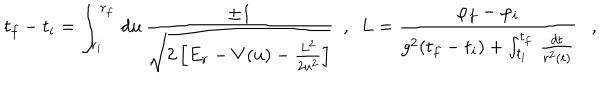
LaTeX: t _ { f } - t _ { i } = \int _ { r _ { i } } ^ { r _ { f } } \, d u \, \frac { \pm 1 } { \sqrt { 2 \left[ E _ { r } - V ( u ) - \frac { L ^ { 2 } } { 2 u ^ { 2 } } \right] } } \ \ , \ \ L = \frac { \varphi _ { f } - \varphi _ { i } } { g ^ { 2 } ( t _ { f } - t _ { i } ) + \int _ { t _ { i } } ^ { t _ { f } } \, \frac { d t } { r ^ { 2 } ( t ) } } \ \ \ ,